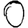
Digit: 0